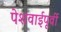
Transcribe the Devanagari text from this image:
पेशवाईपूर्वी